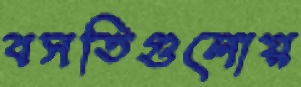
বসতিগুলোয়